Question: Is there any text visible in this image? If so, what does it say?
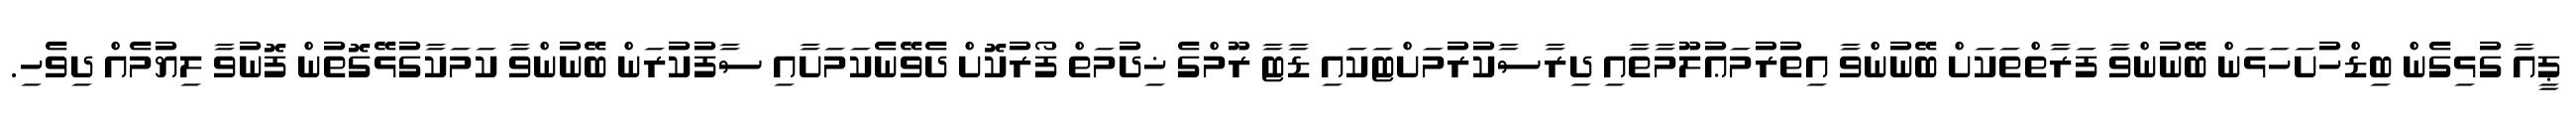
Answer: ޕީއާ ގުޅިގެން ބިޑްހުށަހަޅަން ބޭނުންވާ ފަރާތްތަކަށް ބޭނުންވާ އިތުރުމަޢުލޫމާތާއި ދިރާސާކުރުމަށްޓަކައި ޑާޓާ ރޫމްގެ ޚިދުމަތް ފޯރުކޮށް ދެވޭނެކަމަށާއި ސާފުކުރަން ބޭނުންވާ ކަމަކާގުޅޭގޮތުން ފޮނުވާ ލިޔުމެއް ދިވެހި.